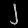
Digit: ၂